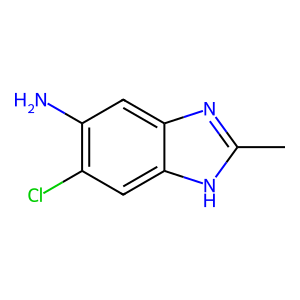
SMILES: Cc1nc2cc(N)c(Cl)cc2[nH]1
Inhibits HIV replication: No